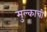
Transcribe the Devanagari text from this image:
मुल्काची